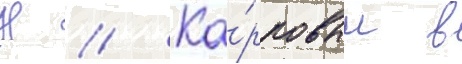
Н // Ка́рповым в